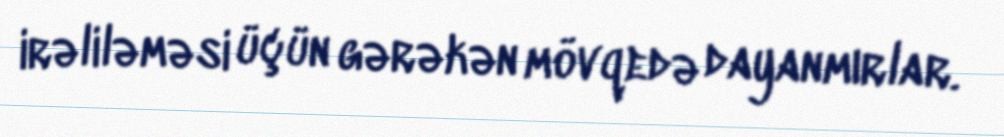
irəliləməsi üçün gərəkən mövqedə dayanmırlar.